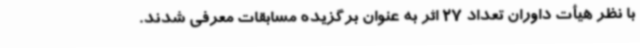
با نظر هیأت داوران تعداد 27 اثر به عنوان برگزیده مسابقات معرفی شدند.